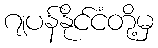
ဂျပန်နိုင်ငံတို့မှ